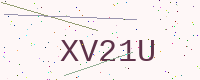
Text: XV21U